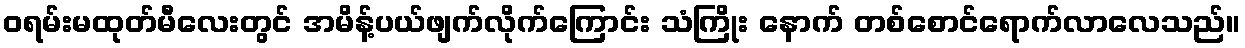
ဝရမ်းမထုတ်မီလေးတွင် အမိန့်ပယ်ဖျက်လိုက်ကြောင်း သံကြိုး နောက် တစ်စောင်ရောက်လာလေသည်။